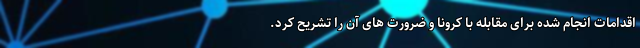
اقدامات انجام شده برای مقابله با کرونا و ضرورت های آن را تشریح کرد.